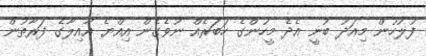
ފުލުހުން މިއަދު ބުނީ އެދެ މީހުންގެ ހަބަރެއް ނުވެގެން އިއްޔެ އާއިލާގެ ފަރާތުން